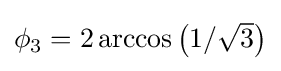
{\textstyle \phi _{3}=2\arccos \left(1/{\sqrt {3}}\right)}